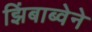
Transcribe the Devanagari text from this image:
झिंबाब्वेने